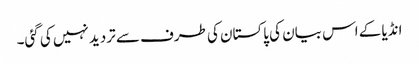
انڈیا کے اس بیان کی پاکستان کی طرف سے تردید نہیں کی گئی۔